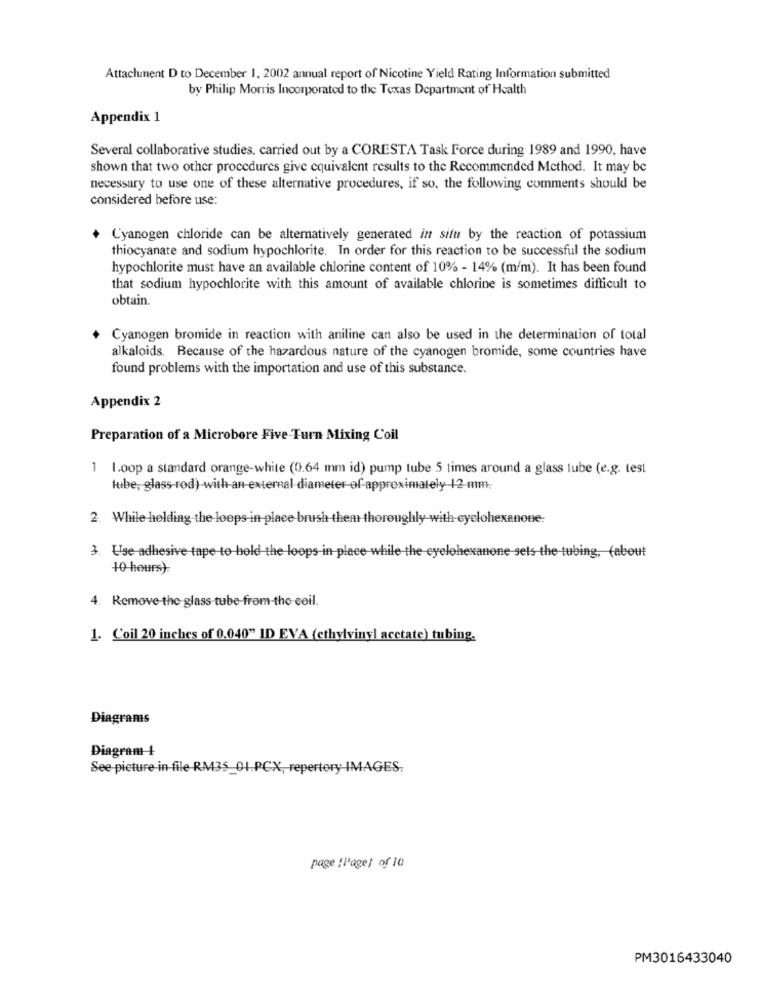
Attachment D to December 1, 2002 annual report of Nicotine Yield Rating Information submitted
by Philip Morris Incorporated to the Texas Department of Health
Appendix 1
Several collaborative studies. carried out by a CORESTA Task Force during 1989 and 1990, have
shown that two other procedures give equivalent results to the Recommended Method. It may be
necessary to use one of these alternative procedures, if so, the following comments should be
considered before use:
Cyanogen chloride can be alternatively generated in situ by the reaction of potassium
thiocyanate and sodium hypochlorite. In order for this reaction to be successful the sodium
hypochlorite must have an available chlorine content of 10% - 14% (m/m). It has been found
that sodium hypochlorite with this amount of available chlorine is sometimes difficult to
obtain.
Cyanogen bromide in reaction with aniline can also be used in the determination of total
alkaloids. Because of the hazardous nature of the cyanogen bromide, some countries have
found problems with the importation and use of this substance.
Appendix 2
Preparation of a Microbore Five Turn Mixing Coil
1 1.oop a standard orange-white (0.64 mm id) pump tube 5 times around a glass lube (e.g. test
tube, glass-rod) with an external diameter-of-approximately 12-mm.
2. While holding the loops in place brush them thoroughly with-cyclohexanone
3. Use adhesive tape to hold the loops in pleee while the eyelohexanone sels the tubing, (about
10 hours).
4. Remove the glass tube-from-tho eeil.
1. Coil 20 inches of 0.040" ID EVA (ethylvinyl acctate) tubing.
Diagrams
Diagram +
See picture-in-file-RM435_01.PCX, repertory IMAGES.
page [Page] of 10
PM3016433040